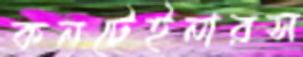
কনটেইনারস